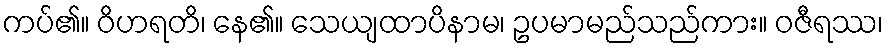
ကပ်၏။ ဝိဟရတိ၊ နေ၏။ သေယျထာပိနာမ၊ ဥပမာမည်သည်ကား။ ဝဇီရဿ၊